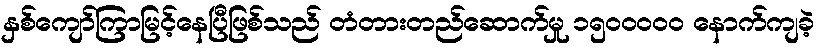
နှစ်ကျော်ကြာမြင့်နေပြီဖြစ်သည် တံတားတည်ဆောက်မှု ၁၅၀၀ဝဝဝ နောက်ကျခဲ့